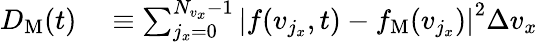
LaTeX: \begin{array}{rl}{D_{\mathrm{M}}(t)}&{{}\equiv\sum_{j_{x}=0}^{N_{v_{x}}-1}\left|f(v_{j_{x}},t)-f_{\mathrm{M}}(v_{j_{x}})\right|^{2}\Delta v_{x}}\end{array}